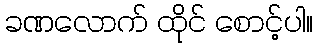
ခဏလောက် ထိုင် စောင့်ပါ။